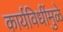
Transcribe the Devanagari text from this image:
कार्यविधींमुळे